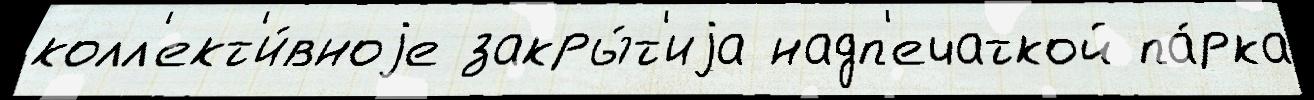
колл'ект'и́вноjе закры́т'иjа надп'ечаткой па́рка